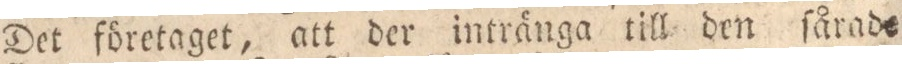
Det företaget, att der intränga till den ſårad=